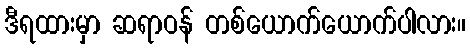
ဒီရထားမှာ ဆရာဝန် တစ်ယောက်ယောက်ပါလား။